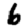
Digit: 6